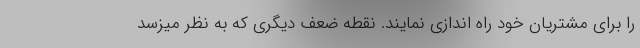
را برای مشتریان خود راه اندازی نمایند. نقطه ضعف دیگری که به نظر میزسد